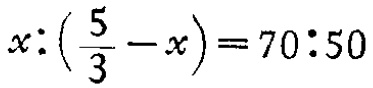
\(x:\left(\frac{5}{3}-x\right)=70:50\)